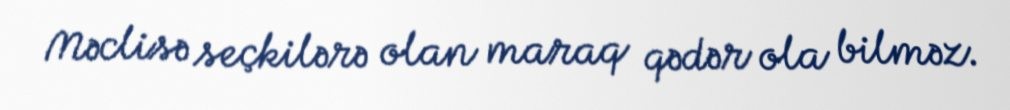
Məclisə seçkilərə olan maraq qədər ola bilməz.